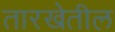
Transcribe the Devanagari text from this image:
तारखेतील